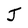
Character: J